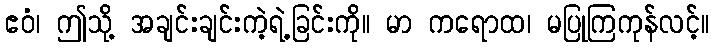
ဧဝံ၊ ဤသို့ အချင်းချင်းကဲ့ရဲ့ခြင်းကို။ မာ ကရောထ၊ မပြုကြကုန်လင့်။